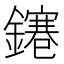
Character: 𨭙